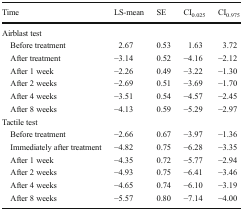
<table><thead><tr><td><b>Time</b></td><td><b>LS-mean</b></td><td><b>SE</b></td><td><b>CI<sub>0.025</sub></b></td><td><b>CI<sub>0.975</sub></b></td></tr></thead><tbody><tr><td colspan="5">Airblast test</td></tr><tr><td> Before treatment</td><td>2.67</td><td>0.53</td><td>1.63</td><td>3.72</td></tr><tr><td> After treatment</td><td>−3.14</td><td>0.52</td><td>−4.16</td><td>−2.12</td></tr><tr><td> After 1 week</td><td>−2.26</td><td>0.49</td><td>−3.22</td><td>−1.30</td></tr><tr><td> After 2 weeks</td><td>−2.69</td><td>0.51</td><td>−3.69</td><td>−1.70</td></tr><tr><td> After 4 weeks</td><td>−3.51</td><td>0.54</td><td>−4.57</td><td>−2.45</td></tr><tr><td> After 8 weeks</td><td>−4.13</td><td>0.59</td><td>−5.29</td><td>−2.97</td></tr><tr><td colspan="5">Tactile test</td></tr><tr><td> Before treatment</td><td>−2.66</td><td>0.67</td><td>−3.97</td><td>−1.36</td></tr><tr><td> Immediately after treatment</td><td>−4.82</td><td>0.75</td><td>−6.28</td><td>−3.35</td></tr><tr><td> After 1 week</td><td>−4.35</td><td>0.72</td><td>−5.77</td><td>−2.94</td></tr><tr><td> After 2 weeks</td><td>−4.93</td><td>0.75</td><td>−6.41</td><td>−3.46</td></tr><tr><td> After 4 weeks</td><td>−4.65</td><td>0.74</td><td>−6.10</td><td>−3.19</td></tr><tr><td> After 8 weeks</td><td>−5.57</td><td>0.80</td><td>−7.14</td><td>−4.00</td></tr></tbody></table>